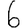
Digit: 6